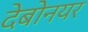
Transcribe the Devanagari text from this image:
देबोनयर